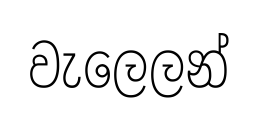
වැලෙලන්